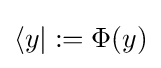
\langle y|:=\Phi (y)